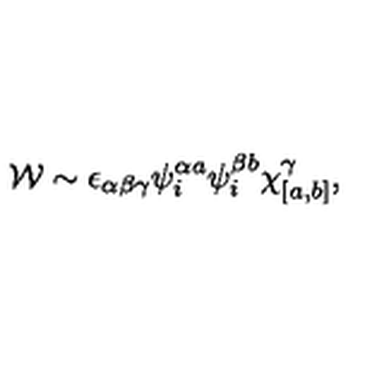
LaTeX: { \cal W } \sim \epsilon _ { \alpha \beta \gamma } \psi _ { i } ^ { \alpha a } \psi _ { i } ^ { \beta b } \chi _ { [ a , b ] } ^ { \gamma } ,